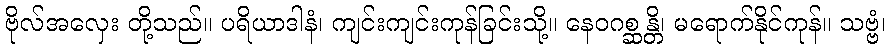
ဗိုလ်အလှေး တို့သည်။ ပရိယာဒါနံ၊ ကျင်းကျင်းကုန်ခြင်းသို့။ နေဝဂစ္ဆန္တိ၊ မရောက်နိုင်ကုန်။ သဗ္ဗံ၊